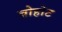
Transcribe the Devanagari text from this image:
बोहोट